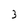
Character: 3